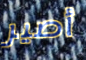
أصير